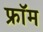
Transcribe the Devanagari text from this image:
फ्राॅम